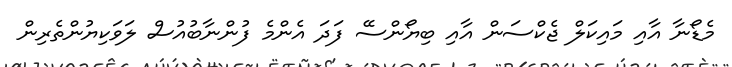
މެޑޯނާ އާއި މައިކަލް ޖެކްސަން އާއި ބިޔޯންސޭ ފަދަ އެންމެ ފުންނާބުއުސް ލަވަކިޔުންތެރިން